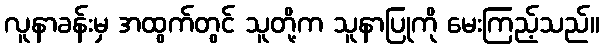
လူနာခန်းမှ အထွက်တွင် သူတို့က သူနာပြုကို မေးကြည့်သည်။